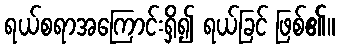
ရယ်စရာအကြောင်းရှိ၍ ရယ်ခြင် ဖြစ်၏။